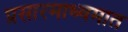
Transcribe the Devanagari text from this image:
प्रसारमाध्यमात